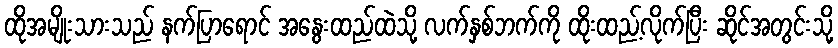
ထိုအမျိုးသားသည် နက်ပြာရောင် အနွေးထည်ထဲသို့ လက်နှစ်ဘက်ကို ထိုးထည့်လိုက်ပြီး ဆိုင်အတွင်းသို့